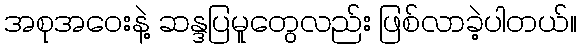
အစုအဝေးနဲ့ ဆန္ဒပြမူတွေလည်း ဖြစ်လာခဲ့ပါတယ်။